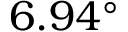
6 . 9 4 ^ { \circ }